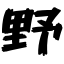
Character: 野